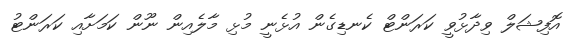
އޮފިޝަލް ވިދާޅުވީ ކަރަންޓް ކެނޑިގެން އުޅެނީ މުޅި މާލެއިން ނޫން ކަމަށާއި ކަރަންޓު